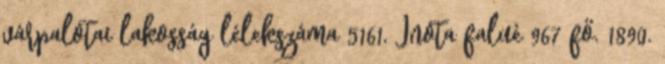
várpalotai lakosság lélekszáma 5161, Inota falué 967 fő. 1890.